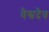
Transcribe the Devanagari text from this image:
वैश्वदैव